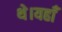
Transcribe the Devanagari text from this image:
थे।यहाँ